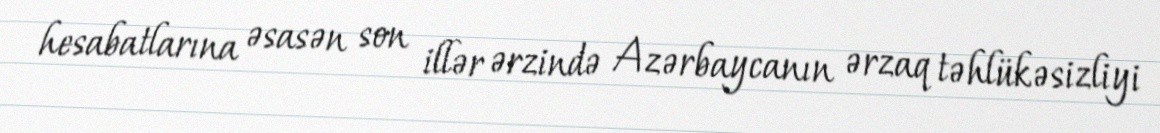
hesabatlarına əsasən son illər ərzində Azərbaycanın ərzaq təhlükəsizliyi